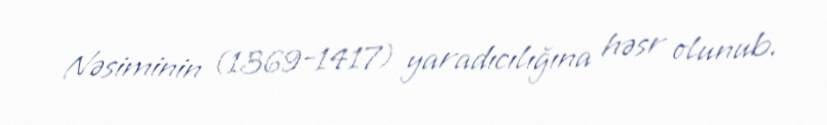
Nəsiminin (1369-1417) yaradıcılığına həsr olunub.